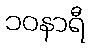
၁၀နာရီ